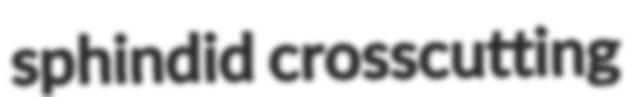
sphindid crosscutting